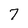
Character: 7